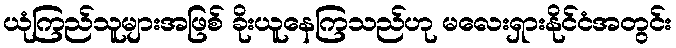
ယုံကြည်သူများအဖြစ် ခိုးယူနေကြသည်ဟု မလေးရှားနိုင်ငံအတွင်း